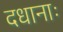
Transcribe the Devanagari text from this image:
दधानाः